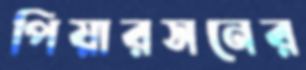
পিয়ারসনের